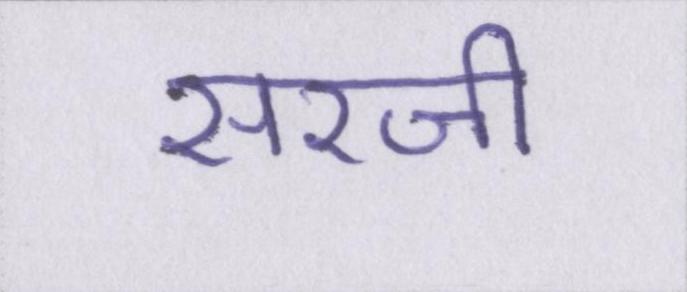
सरजी